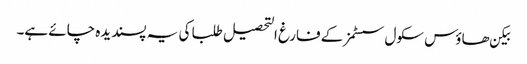
بیکن ھاؤس سکول سسٹمز کے فارغ التحصیل طلبا کی یہ پسندیده چائے ہے۔